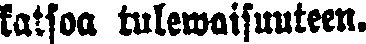
katsoa tulewaisuuteen.